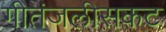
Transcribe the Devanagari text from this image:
गीतंजलीसकट